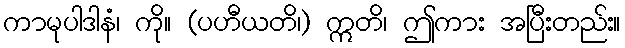
ကာမုပါဒါနံ၊ ကို။ (ပဟီယတိ၊) ဣတိ၊ ဤကား အပြီးတည်း။